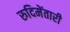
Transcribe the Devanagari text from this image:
रुदिमेंतारी